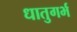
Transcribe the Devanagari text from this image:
धातुगर्भ